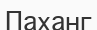
Паханг